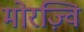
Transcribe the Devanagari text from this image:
मोरज़्वि